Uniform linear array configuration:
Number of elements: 24
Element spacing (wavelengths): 0.5
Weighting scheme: exponential
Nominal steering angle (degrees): -30
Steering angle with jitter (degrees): -28.628
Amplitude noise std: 0.05
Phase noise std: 0.05

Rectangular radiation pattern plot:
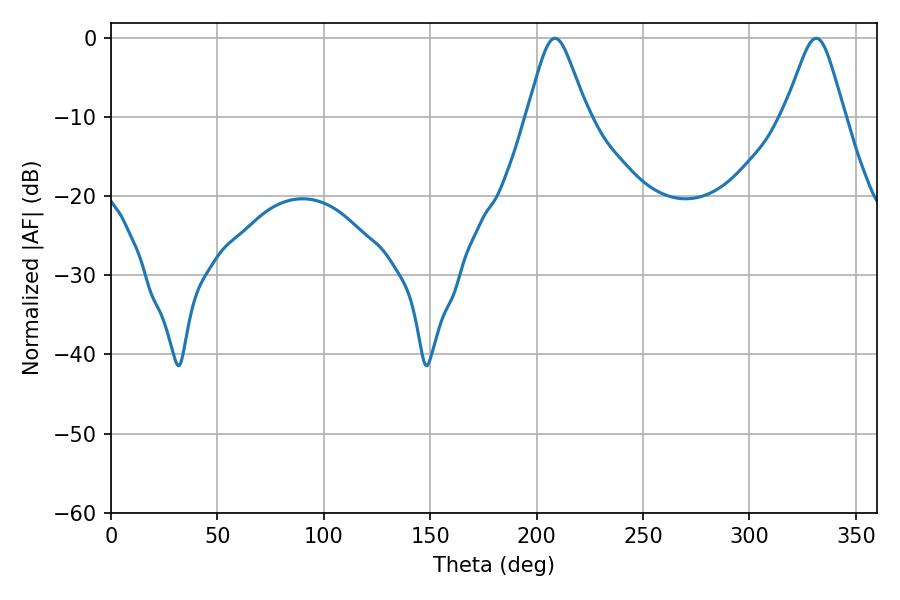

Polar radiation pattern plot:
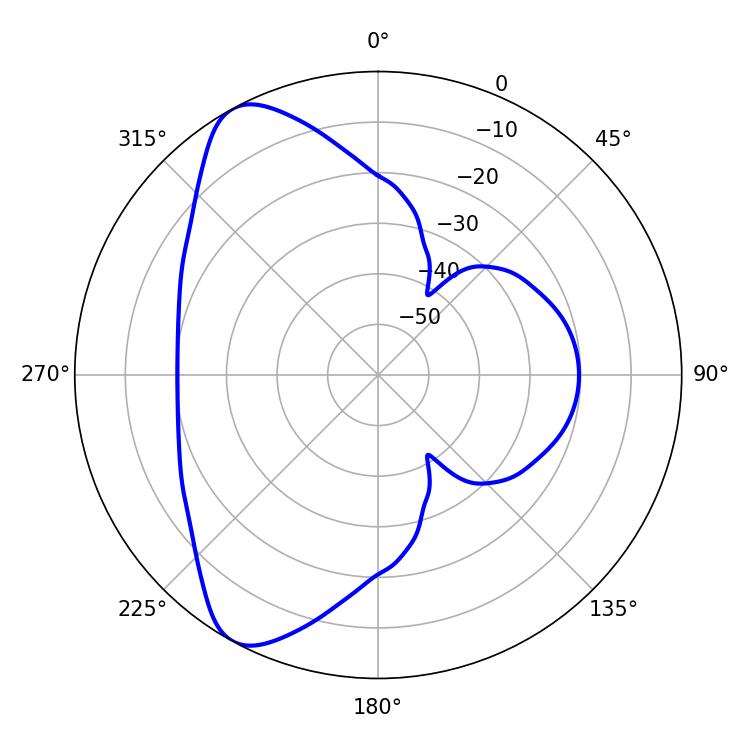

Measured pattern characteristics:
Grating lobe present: FALSE
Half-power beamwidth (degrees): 13.5
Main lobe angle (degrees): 208.62